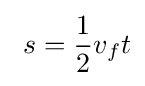
\ s={\frac {1}{2}}v_{f}t